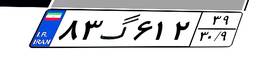
۰۸گ۷۷۳۲۹